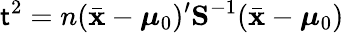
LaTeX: \mathsf{t}^{2}=n({\bar{{\mathbf{{x}}}}}-{{\boldsymbol{\mu}}_{0}})^{\prime}{\mathbf{{S}}}^{-1}({\bar{{\mathbf{{x}}}}}-{{\boldsymbol{\mu}}_{0}})